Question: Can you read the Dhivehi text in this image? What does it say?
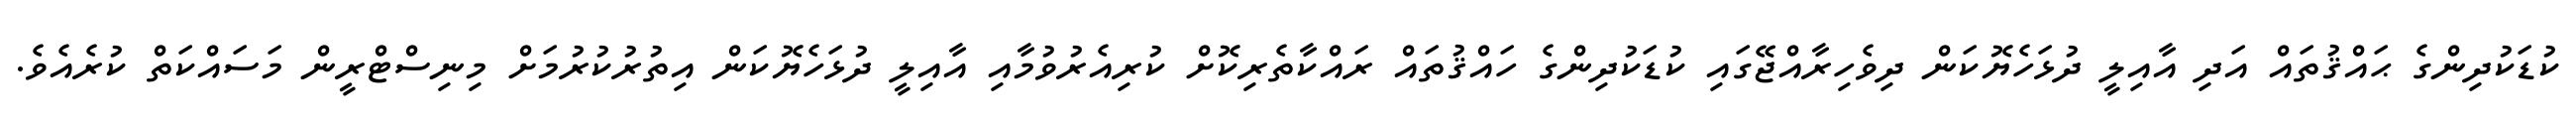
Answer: ކުޑަކުދިންގެ ޙައްޤުތައް އަދި އާއިލީ ދުޅަހެޔޮކަން ދިވެހިރާއްޖޭގައި ކުޑަކުދިންގެ ހައްޤުތައް ރައްކާތެރިކޮށް ކުރިއެރުވުމާއި އާއިލީ ދުޅަހެޔޮކަން އިތުރުކުރުމަށް މިނިސްޓްރީން މަސައްކަތް ކުރެއެވެ.